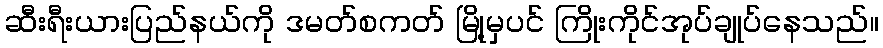
ဆီးရီးယားပြည်နယ်ကို ဒမတ်စကတ် မြို့မှပင် ကြိုးကိုင်အုပ်ချုပ်နေသည်။